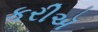
કરીઍ